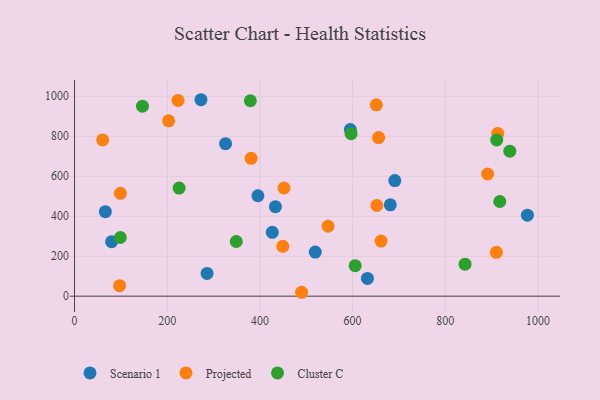
{"axis": {"x": "Study Hours", "y": "Demand"}, "legend": ["Cluster C", "Projected", "Scenario 1"], "data": [{"x": "66.5", "y": 422.6, "type": "Scenario 1"}, {"x": "632.0", "y": 88.6, "type": "Scenario 1"}, {"x": "977.2", "y": 405.1, "type": "Scenario 1"}, {"x": "286.0", "y": 113.9, "type": "Scenario 1"}, {"x": "272.8", "y": 982.3, "type": "Scenario 1"}, {"x": "433.5", "y": 447.6, "type": "Scenario 1"}, {"x": "681.4", "y": 457.0, "type": "Scenario 1"}, {"x": "519.5", "y": 220.7, "type": "Scenario 1"}, {"x": "426.7", "y": 319.5, "type": "Scenario 1"}, {"x": "325.9", "y": 762.7, "type": "Scenario 1"}, {"x": "691.1", "y": 578.0, "type": "Scenario 1"}, {"x": "395.7", "y": 502.2, "type": "Scenario 1"}, {"x": "79.9", "y": 272.2, "type": "Scenario 1"}, {"x": "595.1", "y": 833.4, "type": "Scenario 1"}, {"x": "381.0", "y": 689.4, "type": "Projected"}, {"x": "656.2", "y": 793.2, "type": "Projected"}, {"x": "452.0", "y": 541.0, "type": "Projected"}, {"x": "203.0", "y": 876.6, "type": "Projected"}, {"x": "891.4", "y": 611.0, "type": "Projected"}, {"x": "913.3", "y": 813.8, "type": "Projected"}, {"x": "651.2", "y": 957.0, "type": "Projected"}, {"x": "223.4", "y": 979.0, "type": "Projected"}, {"x": "652.4", "y": 453.4, "type": "Projected"}, {"x": "490.0", "y": 19.5, "type": "Projected"}, {"x": "547.1", "y": 349.6, "type": "Projected"}, {"x": "60.6", "y": 781.2, "type": "Projected"}, {"x": "97.2", "y": 52.7, "type": "Projected"}, {"x": "98.9", "y": 514.1, "type": "Projected"}, {"x": "910.3", "y": 219.3, "type": "Projected"}, {"x": "449.3", "y": 249.1, "type": "Projected"}, {"x": "661.5", "y": 275.3, "type": "Projected"}, {"x": "379.4", "y": 977.2, "type": "Cluster C"}, {"x": "605.6", "y": 152.6, "type": "Cluster C"}, {"x": "842.7", "y": 159.8, "type": "Cluster C"}, {"x": "98.8", "y": 293.4, "type": "Cluster C"}, {"x": "939.3", "y": 725.1, "type": "Cluster C"}, {"x": "917.7", "y": 473.3, "type": "Cluster C"}, {"x": "911.0", "y": 780.8, "type": "Cluster C"}, {"x": "225.7", "y": 540.3, "type": "Cluster C"}, {"x": "349.0", "y": 273.3, "type": "Cluster C"}, {"x": "596.8", "y": 812.4, "type": "Cluster C"}, {"x": "146.6", "y": 950.0, "type": "Cluster C"}]}